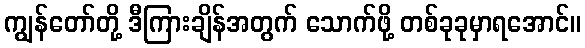
ကျွန်တော်တို့ ဒီကြားချိန်အတွက် သောက်ဖို့ တစ်ခုခုမှာရအောင်။